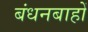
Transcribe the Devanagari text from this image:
बंधनबाहों